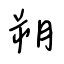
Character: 朔